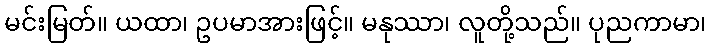
မင်းမြတ်။ ယထာ၊ ဥပမာအားဖြင့်။ မနုဿာ၊ လူတို့သည်။ ပုညကာမာ၊